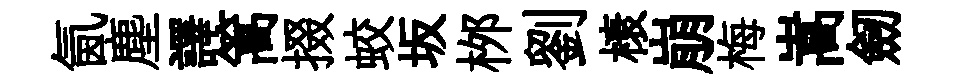
氤塵譯篙掇蛟坂桞劉榱崩梅嵩劒